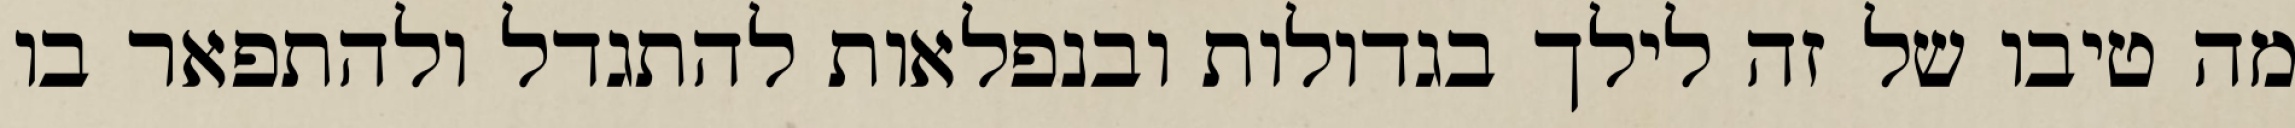
מה טיבו של זה לילך בגדולות ובנפלאות להתגדל ולהתפאר בו